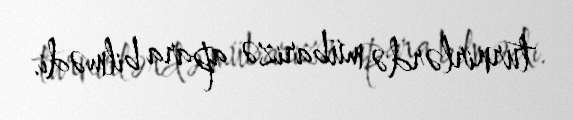
turnirlərdə mübarizə apara bilmədi.